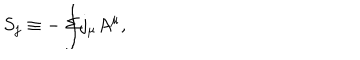
S _ { j } \equiv - \int \! \! \! \! \! \! \Sigma j _ { \mu } A ^ { \mu } ,